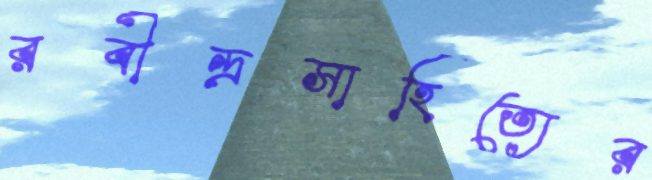
রবীন্দ্রসাহিত্যের